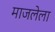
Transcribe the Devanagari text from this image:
माजलेला